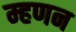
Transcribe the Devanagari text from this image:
म्हणन